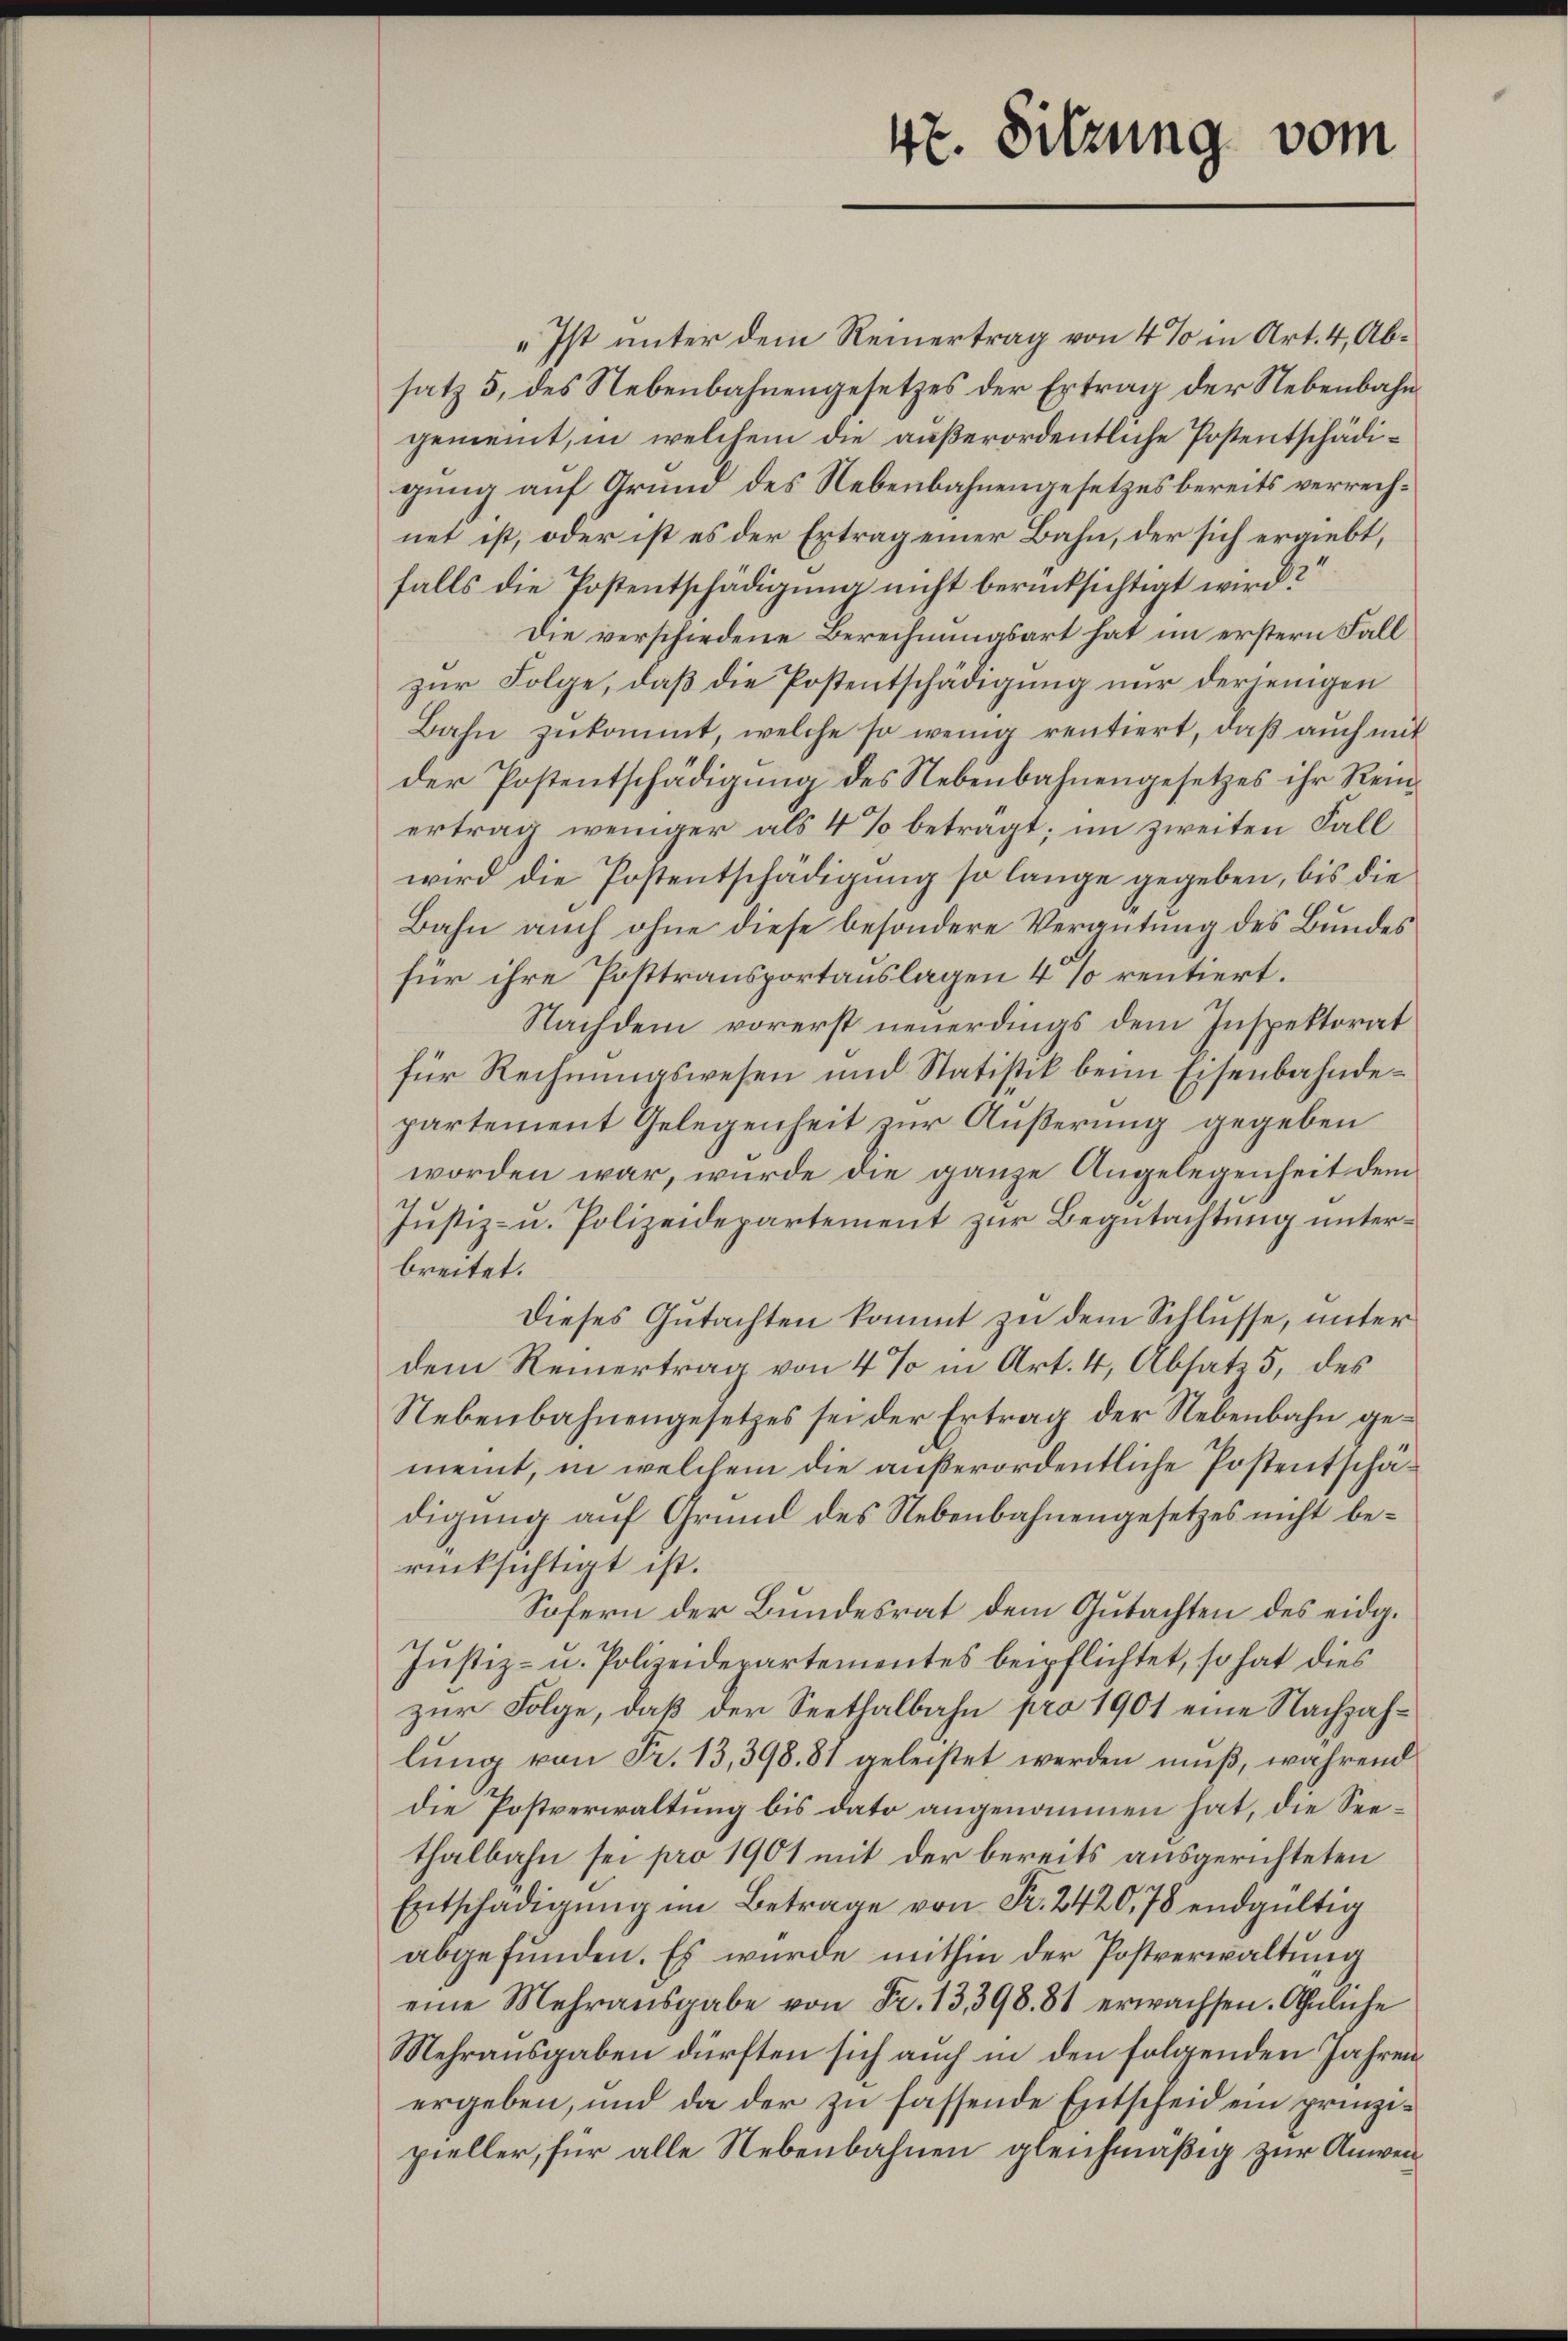
„Ist unter dem Reinertrag von 4 % in Art. 4, Absatz 5, des Nebenbahnengesetzes der Ertrag der Nebenbahngemeint, in welchem die außerordentliche Postentschädigung auf Grund des Nebenbahnengesetzes bereits verrechnet ist, oder ist es der Ertrag einer Bahn, der sich ergiebt,
falls die Postentschädigung nicht berücksichtigt wird?
Die verschiedene Berechnungsart hat im erstern Fall
zur Folge, daß die Postentschädigung nur derjenigen
Bahn zŭkommt, welche so wenig rentiert, daβ aŭch mit
der Postentschädigung des Nebenbahnengesetzes ihr Reiertrag weniger als 4% betragt; im zweiten Fall
wird die Postentschädigung so lange gegeben, bis die
Bahn auch ohne diese besondere Vergütung des Bundes
für ihre Posttransportauslagen 4 so rentiert.
Nachdem vorerst neuerdings dem Inspektorat
für Rechnungswesen und Statistik beim Eisenbahndepartement Gelegenheit zur Äußerung gegeben
worden war, wurde die ganze Angelegenheit dem
Justiz- u. Polizeidepartement zur Begutachtung unterbreitet.
Dieses Gutachten kommt zu dem Schlusse, unter
dem Reinertrag von 4 % in Art. 4, Absatz 5, des
Nebenbahnengesetzes sei der Ertrag der Nebenbahn gemeint, in welchem die außerordentliche Postentschädigung auf Grund des Nebenbahnengesetzes nicht berücksichtigt ist.
Sofern der Bundesrat dem Gutachten des eidg.
Justiz- u. Polizeidepartementes beipflichtet, so hat dies
zur Folge, daß der Seethalbahn pro 1901 eine Nachzahlung von Fr. 13, 398. 81 geleistet werden muß, während
die Postverwaltung bis dato angenommen hat, die Seethalbahn sei pro 1901 mit der bereits ausgerichteten
Entschädigung im Betrage von Fr. 2420,78 endgültig
abgefunden. Es wurde mithin der Postverwaltung
eine Mehrausgabe von Fr. 13, 398. 81 erwachsen. Ähnliche
Mehrausgaben dürften sich auch in den folgenden Jahren
ergeben, und da der zu fassende Entscheid ein prinzipieller, für alle Nebenbahnen gleichmäßig zur Anwen¬

47. Sitzung vom